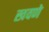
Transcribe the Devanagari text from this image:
खवणे